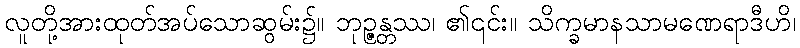
လူတို့အားထုတ်အပ်သောဆွမ်း၌။ ဘုဉ္ဇန္တဿ၊ ၏၎င်း။ သိက္ခမာနသာမဏေရာဒီဟိ၊